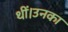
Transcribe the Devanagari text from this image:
थीं।उनका